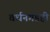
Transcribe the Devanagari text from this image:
वर्धनगडही